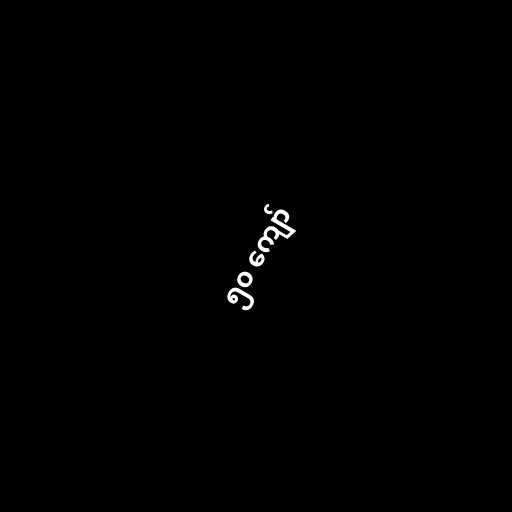
၅၀ ကျော်